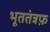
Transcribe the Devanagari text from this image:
भूततंत्रफ़